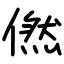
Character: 㒄